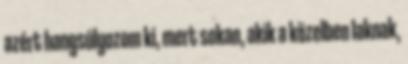
azért hangsúlyozom ki, mert sokan, akik a közelben laknak,